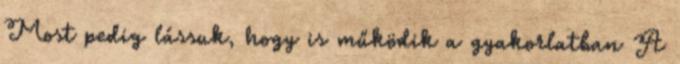
Most pedig lássuk, hogy is működik a gyakorlatban A